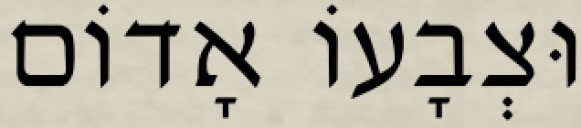
וּצְבָעוֹ אָדוֹם